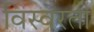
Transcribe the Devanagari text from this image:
विस्वरता